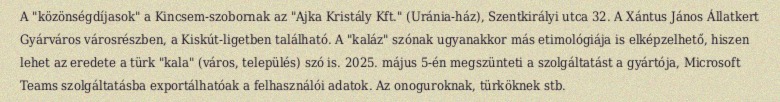
A "közönségdíjasok" a Kincsem-szobornak az "Ajka Kristály Kft." (Uránia-ház), Szentkirályi utca 32. A Xántus János Állatkert Gyárváros városrészben, a Kiskút-ligetben található. A "kaláz" szónak ugyanakkor más etimológiája is elképzelhető, hiszen lehet az eredete a türk "kala" (város, település) szó is. 2025. május 5-én megszünteti a szolgáltatást a gyártója, Microsoft Teams szolgáltatásba exportálhatóak a felhasználói adatok. Az onoguroknak, türköknek stb.